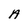
Character: A